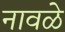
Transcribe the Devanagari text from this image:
नावळे